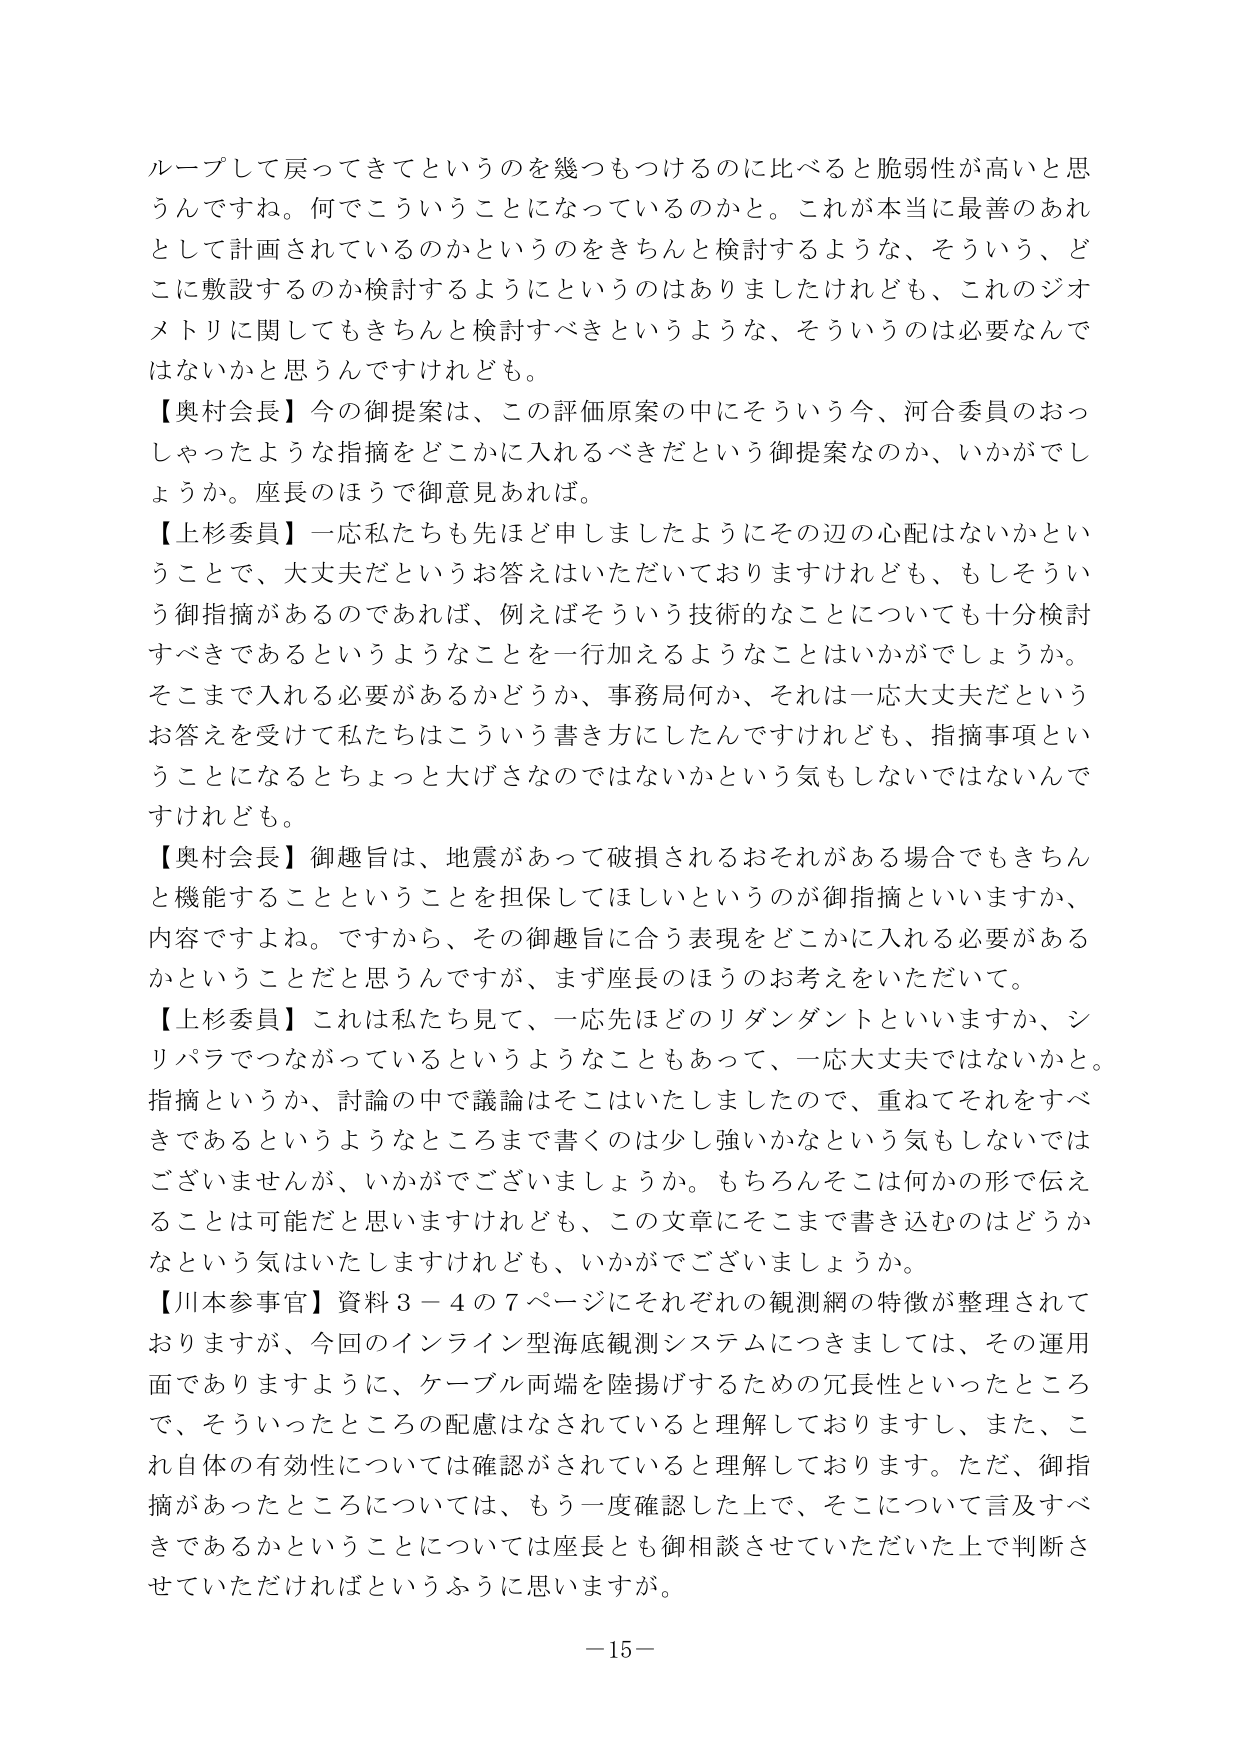
ループして戻ってきてというのを幾つもつけるのに比べると脆弱性が高いと思うんですね。何でこういうことになっているのかと。これが本当に最善のあれとして計画されているのかというのをきちんと検討するような、そういう、どこに敷設するのか検討するようにというのはありましたけれども、これのジオメトリに関してもきちんと検討すべきというような、そういうのは必要なんではないかと思うんですけれども。

【奥村会長】今の御提案は、この評価原案の中にそういう今、河合委員のおっしゃったような指摘をどこかに入れるべきだという御提案なのか、いかがでしょうか。座長のほうで御意見あれば。

【上杉委員】一応私たちも先ほど申しましたようにその辺の心配はないかということで、大丈夫だというお答えはいただいておりますけれども、もしそういう御指摘があるのであれば、例えばそういう技術的なことについても十分検討すべきであるというようなことを一行加えるようなことはいかがでしょうか。そこまで入れる必要があるかどうか、事務局何か、それは一応大丈夫だというお答えを受けて私たちはこういう書き方にしたんですけれども、指摘事項ということになるとちょっと大げさなのではないかという気もしないではないんですけれども。

【奥村会長】御趣旨は、地震があって破損されるおそれがある場合でもきちんと機能することということを担保してほしいというのが御指摘といいますか、内容ですよね。ですから、その御趣旨に合う表現をどこかに入れる必要があるかということだと思うんですが、まず座長のほうのお考えをいただいて。

【上杉委員】これは私たち見て、一応先ほどのリダンダントといいますか、シリパラでつながっているというようなこともあって、一応大丈夫ではないかと。指摘というか、討論の中で議論はそこはいたしましたので、重ねてそれをすべきであるというようなところまで書くのは少し強いかなという気もしないではありませんが、いかがでございましょうか。もちろんそこは何かの形で伝えることは可能だと思いますけれども、この文章にそこまで書き込むのはどうかという気はいたしますけれども、いかがでございましょうか。

【川本参事官】資料３－４の７ページにそれぞれの観測網の特徴が整理されておりますが、今回のインライン型海底観測システムにつきましては、その運用面でありますように、ケーブル両端を陸揚げするための冗長性といったところで、そういったところの配慮はなされていると理解しておりますし、また、これ自体の有効性については確認がされていると理解しております。ただ、御指摘があったところについては、もう一度確認した上で、そこについて言及すべきであるかということについては座長とも御相談させていただいた上で判断させていただければというふうに思います。

－15－